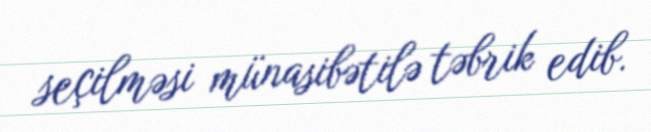
seçilməsi münasibətilə təbrik edib.